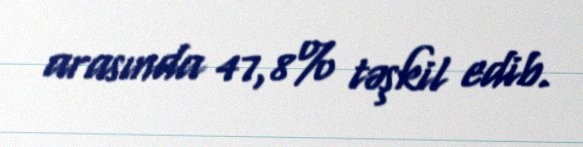
arasında 47,8% təşkil edib.